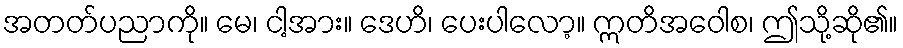
အတတ်ပညာကို။ မေ၊ ငါ့အား။ ဒေဟိ၊ ပေးပါလော့။ ဣတိအဝေါစ၊ ဤသို့ဆို၏။